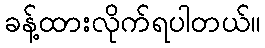
ခန့်ထားလိုက်ရပါတယ်။